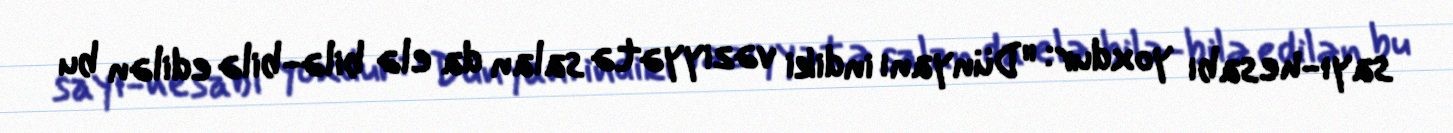
sayı-hesabı yoxdur: "Dünyanı indiki vəziyyətə salan da elə bilə-bilə edilən bu